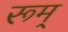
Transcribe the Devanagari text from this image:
रूम्